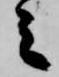
之